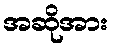
အဆိုအား